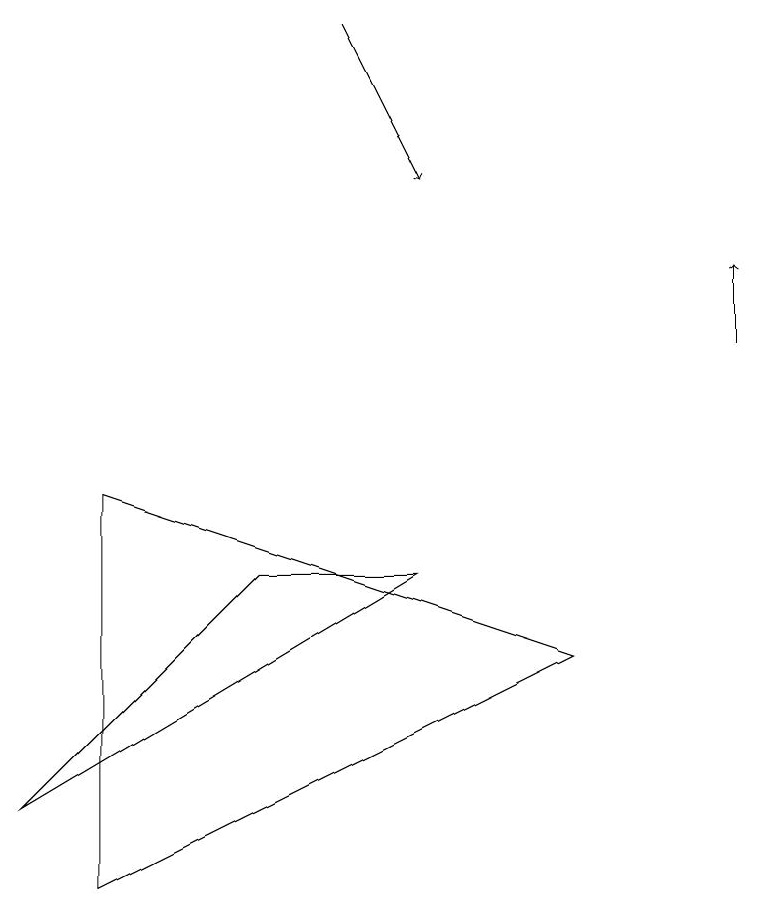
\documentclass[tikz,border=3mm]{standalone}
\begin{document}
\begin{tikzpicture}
\draw (0,5) -- (5,8) -- (3,8) -- cycle;
\draw[->] (4,15) -- (5,13);
\draw (7,7) -- (1,4) -- (1,9) -- cycle;
\draw[->] (9,11) -- (9,12);
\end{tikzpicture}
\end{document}